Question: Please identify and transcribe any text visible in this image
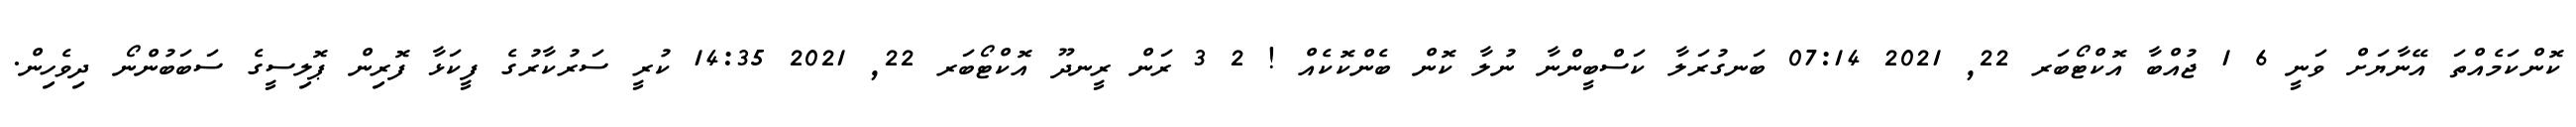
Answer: ކޮންކަމެއްތަ އޭނާޔަށް ވަނީ 6 1 ޖުއްބާ އޮކްޓޯބަރ 22, 2021 07:14 ބަނގުރަލާ ކަސްބީންނާ ނުލާ ކޮން ބެންކޮކެއް ! 2 3 ރަން ރީނދޫ އޮކްޓޯބަރ 22, 2021 14:35 ކުރީ ސަރުކާރުގެ ފީކަޅާ ފޮރިން ޕޮލިސީގެ ސަބަބުންނޯ ދިވެހިން.